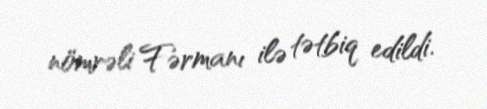
nömrəli Fərmanı ilə tətbiq edildi.